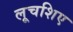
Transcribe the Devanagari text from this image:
लूचशिए